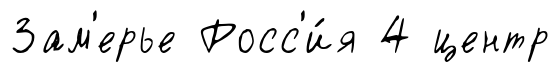
Зам'ерье Росс'и́я 4 центр